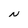
Character: N